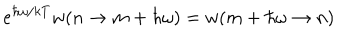
e ^ { \hbar \omega / k T } w ( n \rightarrow m + \hbar \omega ) = w ( m + \hbar \omega \rightarrow n )